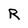
Character: R